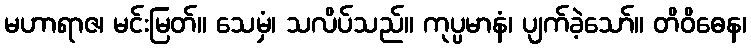
မဟာရာဇ၊ မင်းမြတ်။ သေမှံ၊ သလိပ်သည်။ ကုပ္ပမာနံ၊ ပျက်ခဲ့သော်။ တိဝိဓေန၊